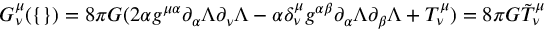
G _ { \nu } ^ { \mu } ( \{ \} ) = 8 \pi G ( 2 \alpha g ^ { \mu \alpha } \partial _ { \alpha } \Lambda \partial _ { \nu } \Lambda - \alpha \delta _ { \nu } ^ { \mu } g ^ { \alpha \beta } \partial _ { \alpha } \Lambda \partial _ { \beta } \Lambda + T _ { \nu } ^ { \mu } ) = 8 \pi G \tilde { T } _ { \nu } ^ { \mu }